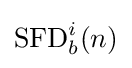
\operatorname {SFD} _{b}^{i}(n)